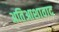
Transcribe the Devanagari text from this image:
अतिआशावाद